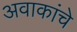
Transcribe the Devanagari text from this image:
अवाकांचे